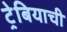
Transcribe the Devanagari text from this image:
ट्रेबियाची